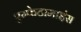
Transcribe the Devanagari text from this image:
एम्फेटामाइंस